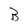
Character: B